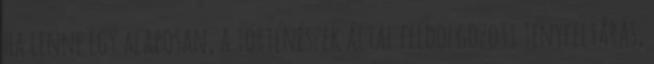
ha lenne egy alaposan, a történészek által feldolgozott tényfeltárás,